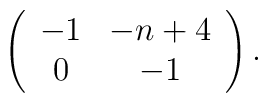
\left( \begin{array}{cc} -1 & -n+4  \\                          0 & -1       \end{array} \right).